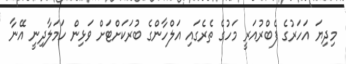
މިދިޔަ އަހަރުގެ ފެބްރުއަރީ މަހުގެ ތެރެގައި އަލްހާންގެ ބުރަކަށްޓަށް ވަޅިން ހަމަލާދިނީ އޭނާ